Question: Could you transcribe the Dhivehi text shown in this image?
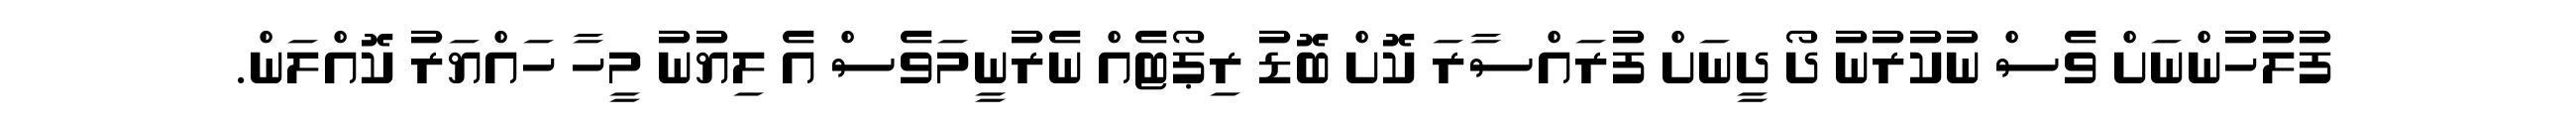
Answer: ފުލުހުންނަށް ވެސް ނުކުރުނު ދޯ ދީނަށް ފުރައްސާރަ ކޮށް ބޮޑު ރިޕޯޓެއް ނެރުނީމަވެސް އެ ލިޔުނު މީހާ ހައްޔަރު ކޮއްލަން.